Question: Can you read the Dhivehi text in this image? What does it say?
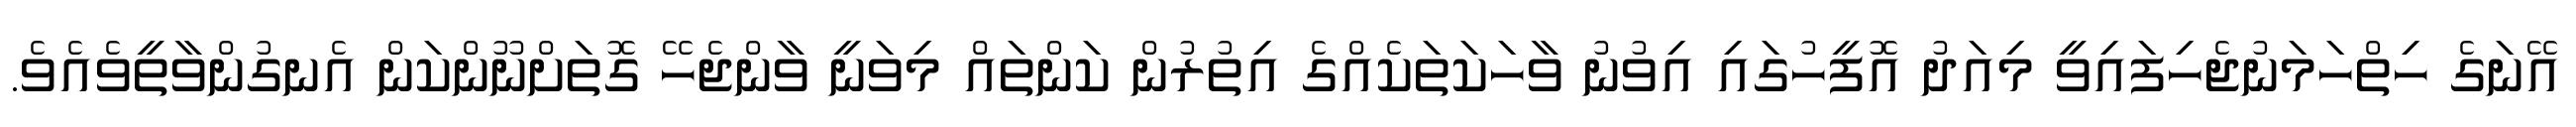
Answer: އޭނަގެ ހިތްހަމަނުޖެހިފައިވީ މިއަދު އޮފީހުގައި އިވުނު ވާހަކަތަކެއްގެ އިތުރުން ކަންތައް މިވަނީ ވާންޖެހޭ ގޮތަށްނޫންކަން އެނގުންވާތީވެއެވެ.